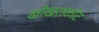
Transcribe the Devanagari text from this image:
खोखराकोट